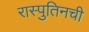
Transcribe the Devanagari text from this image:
रास्पुतिनची